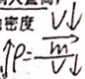
\uparrow \rho = \frac { \frac { V _ { \downarrow } } { m } } { V _ { \downarrow } }